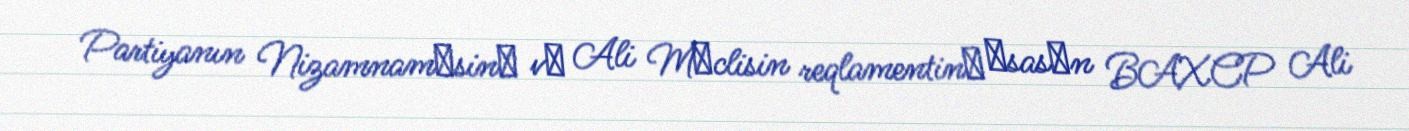
Partiyanın Nizamnamәsinә vә Ali Mәclisin reqlamentinә әsasәn BAXCP Ali